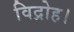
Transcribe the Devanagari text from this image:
विद्रोह।